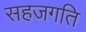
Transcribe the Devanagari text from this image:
सहजगति